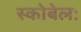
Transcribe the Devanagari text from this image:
स्कोबेलः